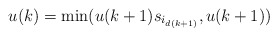
\begin{align*}u(k) = \min (u(k+1) s_{i_{d(k+1)}}, u(k+1))\end{align*}